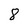
Character: 8